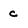
Character: c